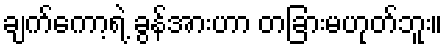
ချက်ကော့ရဲ့ ခွန်အားဟာ တခြားမဟုတ်ဘူး။